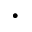
\cdot